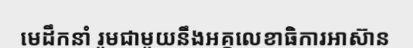
មេដឹកនាំ រួមជាមួយនឹងអគ្គលេខាធិការអាស៊ាន